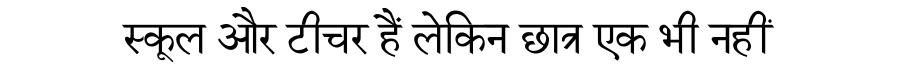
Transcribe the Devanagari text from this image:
स्कूल और टीचर हैं लेकिन छात्र एक भी नहीं